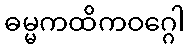
ဓမ္မကထိကဝဂ္ဂေါ